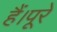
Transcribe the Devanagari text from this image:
हैं।पूरे